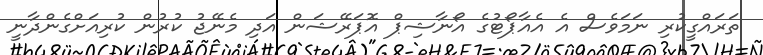
ތަރައްގީކުރި ނަމަވެސް އެ އެއާޕޯޓުގެ އޯނާޝިޕް އޮޕަރޭޝަން އަދި މެނޭޖު ކުރުން ކުރިއަށްގެންދާނީ